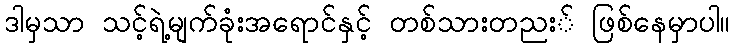
ဒါမှသာ သင့်ရဲ့မျက်ခုံးအရောင်နှင့် တစ်သားတညး် ဖြစ်နေမှာပါ။